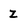
Character: z